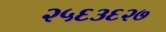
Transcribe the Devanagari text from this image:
२५६३६२७